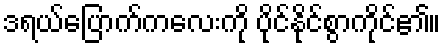
ဒရယ်ပြောက်ကလေးကို ပိုင်နိုင်စွာကိုင်၏။